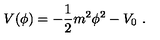
V ( \phi ) = - { \frac { 1 } { 2 } } m ^ { 2 } \phi ^ { 2 } - V _ { 0 } \ .